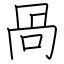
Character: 咼